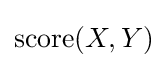
\operatorname {score} (X,Y)